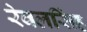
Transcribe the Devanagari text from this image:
रेवलसिंह